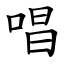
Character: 唱